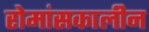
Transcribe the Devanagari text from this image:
रोमांसकालीन